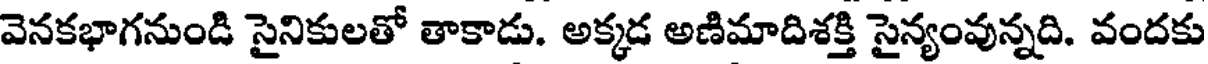
వెనకభాగనుండి సైనికులతో తాకాడు. అక్కడ అణిమాదిశక్తి సైన్యంవున్నది. వందకు